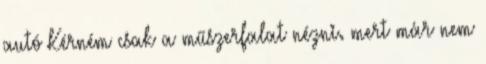
autó Kérném csak a műszerfalat nézni. mert már nem